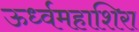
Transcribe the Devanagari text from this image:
ऊर्ध्वमहाशिरा